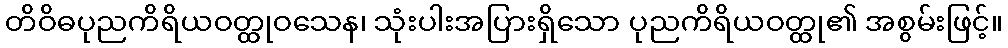
တိဝိဓပုညကိရိယဝတ္ထုဝသေန၊ သုံးပါးအပြားရှိသော ပုညကိရိယဝတ္ထု၏ အစွမ်းဖြင့်။